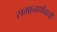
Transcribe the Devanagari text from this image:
समानार्थवाची